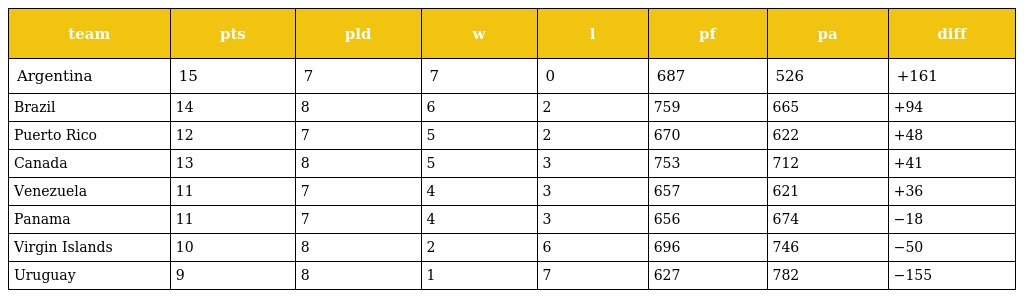
| team | pts | pld | w | l | pf | pa | diff |
 | --- | --- | --- | --- | --- | --- | --- | --- |
 | Argentina | 15 | 7 | 7 | 0 | 687 | 526 | +161 |
 | Brazil | 14 | 8 | 6 | 2 | 759 | 665 | +94 |
 | Puerto Rico | 12 | 7 | 5 | 2 | 670 | 622 | +48 |
 | Canada | 13 | 8 | 5 | 3 | 753 | 712 | +41 |
 | Venezuela | 11 | 7 | 4 | 3 | 657 | 621 | +36 |
 | Panama | 11 | 7 | 4 | 3 | 656 | 674 | −18 |
 | Virgin Islands | 10 | 8 | 2 | 6 | 696 | 746 | −50 |
 | Uruguay | 9 | 8 | 1 | 7 | 627 | 782 | −155 |